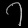
Digit: ၇